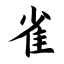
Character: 雀